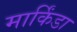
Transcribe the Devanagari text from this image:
मार्किंडा